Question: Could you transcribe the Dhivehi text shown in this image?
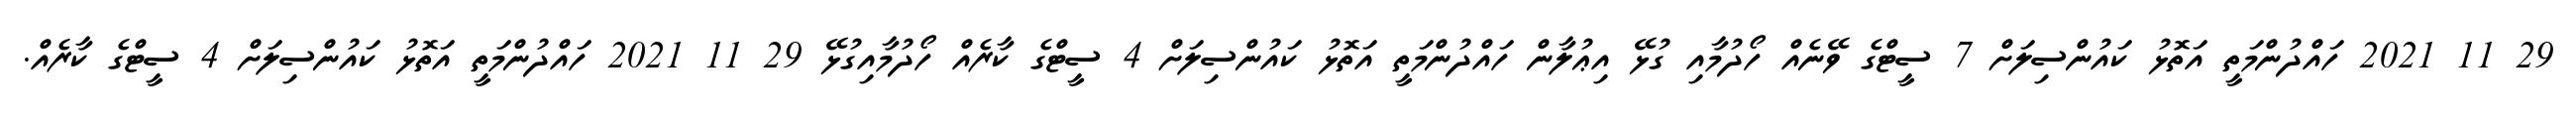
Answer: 29 11 2021 ހައްދުންމަތީ އަތޮޅު ކައުންސިލަށް 7 ސީޓްގެ ވޭނެއް ހޯދުމާއި ގުޅޭ އިޢުލާން ހައްދުންމަތީ އަތޮޅު ކައުންސިލަށް 4 ސީޓްގެ ކާރެއް ހޯދުމާއިގުޅޭ 29 11 2021 ހައްދުންމަތީ އަތޮޅު ކައުންސިލަށް 4 ސީޓްގެ ކާރެއް.